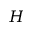
H